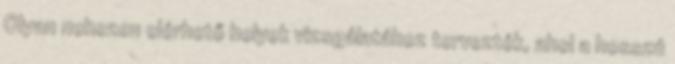
Olyan nehezen elérhető helyek vizsgálatához tervezték, ahol a hosszú